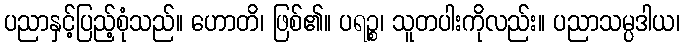
ပညာနှင့်ပြည့်စုံသည်။ ဟောတိ၊ ဖြစ်၏။ ပရဉ္စ၊ သူတပါးကိုလည်း။ ပညာသမ္ပဒါယ၊